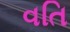
વતિ